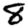
Digit: 8